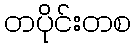
တပိုင်းတစ